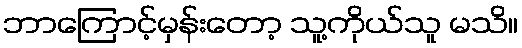
ဘာကြောင့်မှန်းတော့ သူ့ကိုယ်သူ မသိ။